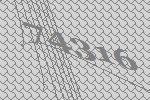
74316